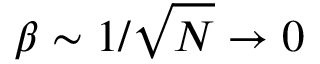
\beta \sim 1 / \sqrt { N } \to 0